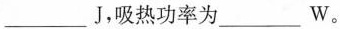
___ J，吸热功率为___ W。